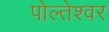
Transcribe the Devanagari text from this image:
पोल्तेश्वर